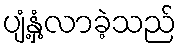
ပျံ့နှံ့လာခဲ့သည်